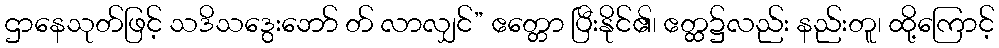
ဌာနေသုတ်ဖြင့် သဒိသဒွေးဘော် တ် လာလျှင်” ဧတ္တော ပြီးနိုင်၏၊ ဧတ္ထ၌လည်း နည်းတူ၊ ထို့ကြောင့်